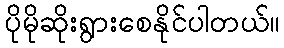
ပိုမိုဆိုးရွားစေနိုင်ပါတယ်။